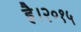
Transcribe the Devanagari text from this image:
है।२०१५